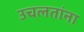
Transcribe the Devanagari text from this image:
उचलतांना